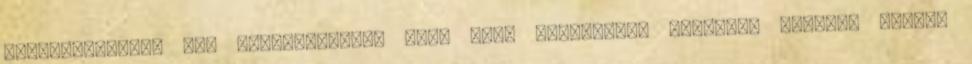
színdarabjáról azt feltételezik, hogy azon auschwitzi élményén alapul, amikor